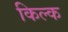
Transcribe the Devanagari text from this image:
किल्क